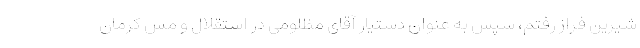
شیرین فراز رفتم، سپس به عنوان دستیار آقای مظلومی در استقلال و مس کرمان